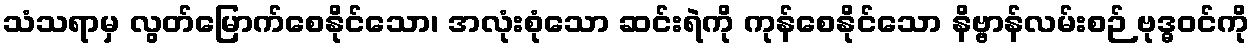
သံသရာမှ လွတ်မြောက်စေနိုင်သော၊ အလုံးစုံသော ဆင်းရဲကို ကုန်စေနိုင်သော နိဗ္ဗာန်လမ်းစဉ် ဗုဒ္ဓဝင်ကို